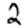
Digit: 2